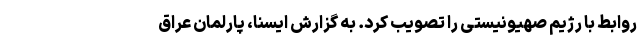
روابط با رژیم صهیونیستی را تصویب کرد. به گزارش ایسنا، پارلمان عراق